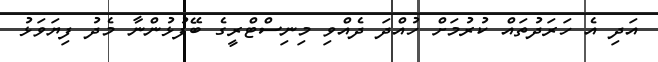
އަދި އެ ހަރަދުތައް ކުރުމަށް ހުއްދަ ދެއްވި މިނިސްޓްރީގެ ބޭފުޅުންނާ މެދު ފިޔަވަޅު